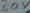
Text: 50V